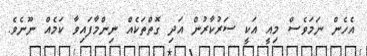
އެހެން ނަމަވެސް މިއީ އަކީ ސަރުކާރުން އަދި ގޮތްތަކެއް ނިންމާފައިވާ ކަމެއް ނޫނެވެ.